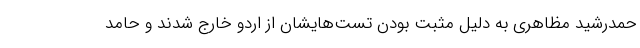
حمدرشید مظاهری به دلیل مثبت بودن تست‌هایشان از اردو خارج شدند و حامد